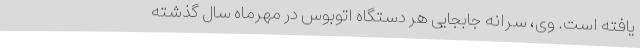
یافته است. وی، سرانه جابجایی هر دستگاه اتوبوس در مهرماه سال گذشته